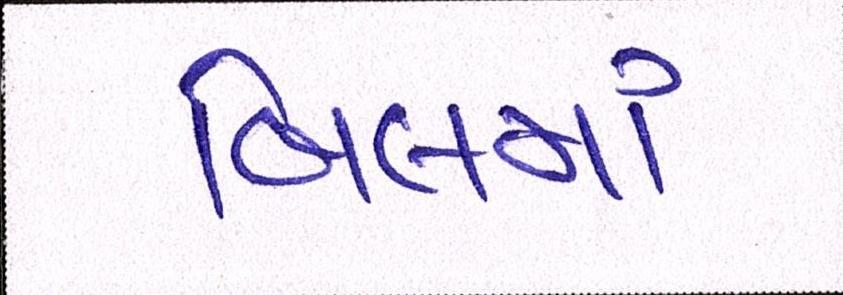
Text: બિલમાં